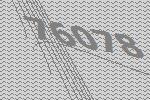
76078